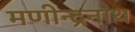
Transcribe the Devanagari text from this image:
मणीन्द्रनाथ